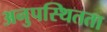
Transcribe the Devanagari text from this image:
अनुपस्थितता